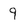
Character: 9